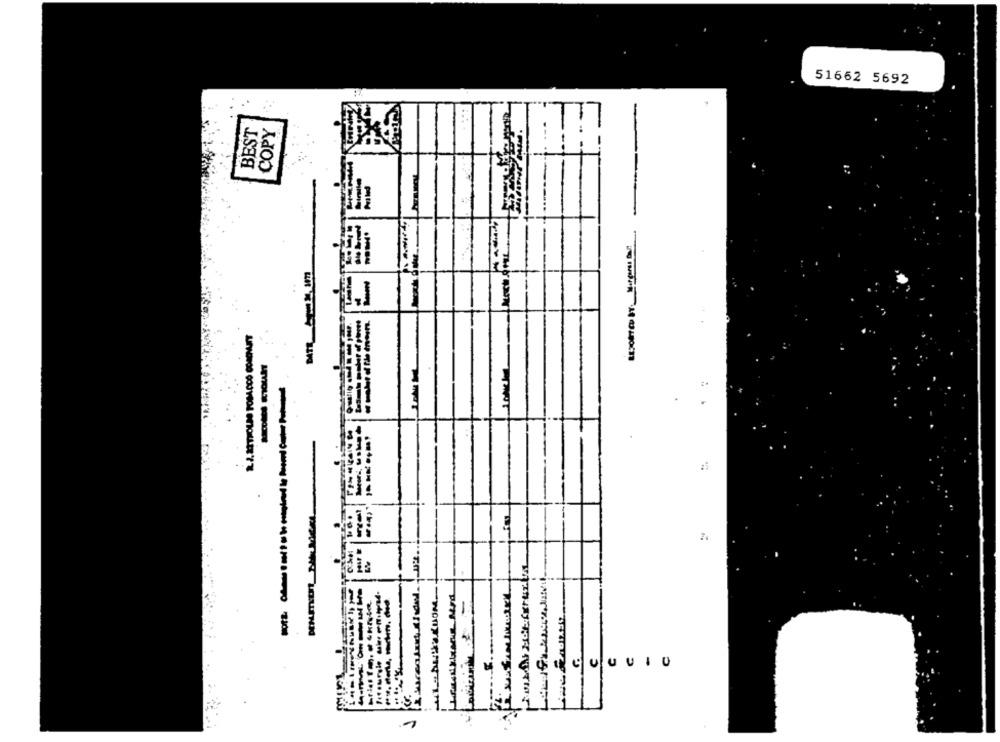
51662 5692
BEST
COPY
UUUIU